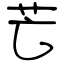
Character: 芒